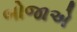
બોજાએ